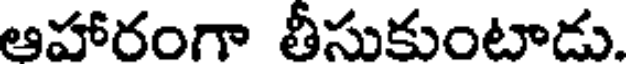
ఆహారంగా తీసుకుంటాడు.